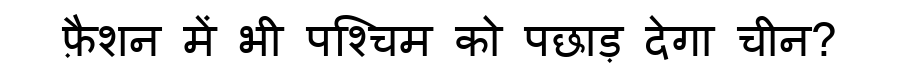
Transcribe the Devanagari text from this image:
फ़ैशन में भी पश्चिम को पछाड़ देगा चीन?